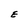
Character: E